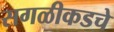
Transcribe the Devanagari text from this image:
सगळीकडचे